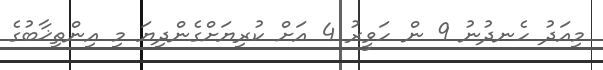
މިއަދު ހެނދުނު 9 ން ހަވީރު 4 އަށް ކުރިޔަށްގެންދިޔަ މި އިންތިޚާބުގެ